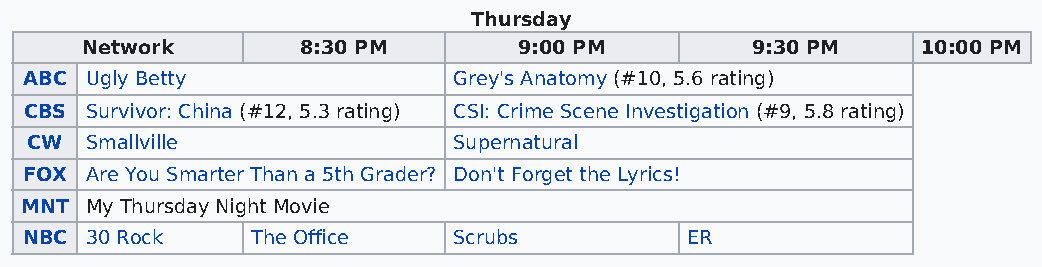
Thursday
 Network        8:30 PM       9:00 PM         9:30 PM    10:00 PM
 ABC Ugly Betty              Grey's Anatomy (#10, 5.6 rating)
 CBS Survivor: China (#12, 5.3 rating) CSI: Crime Scene Investigation (#9, 5.8 rating)
 CW  Smallville              Supernatural
 FOX Are You Smarter Than a 5th Grader? Don't Forget the Lyrics!
 MNT  My Thursday Night Movie
 NBC  30 Rock    The Office   Scrubs         ER